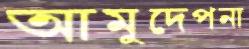
আমুদেপনা